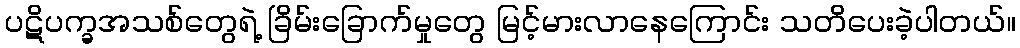
ပဋိပက္ခအသစ်တွေရဲ့ ခြိမ်းခြောက်မှုတွေ မြင့်မားလာနေကြောင်း သတိပေးခဲ့ပါတယ်။